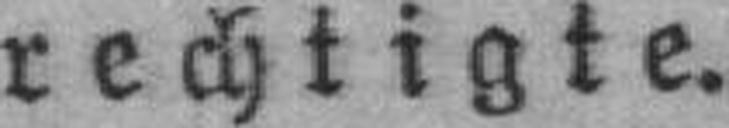
rechtigte.